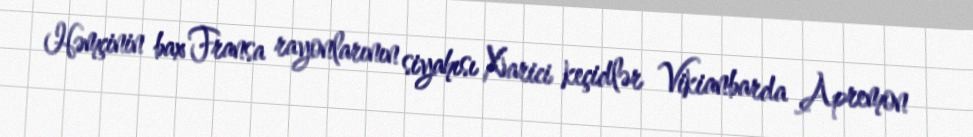
Həmçinin bax Fransa rayonlarının siyahısı Xarici keçidlər Vikianbarda Apremon